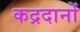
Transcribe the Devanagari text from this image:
कद्रदानों